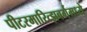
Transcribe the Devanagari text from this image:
पीटरमारित्झबर्गमध्ये